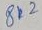
Text: 8k2